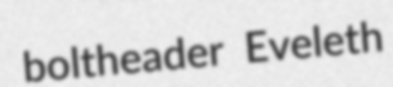
boltheader Eveleth